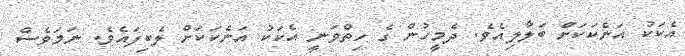
އެކަކު އަނެކަކަށް ބަލާލިއެވެ. ދެމީހުން ގެ ހިތްވަނީ އެކަކު އަނެކަކަށް ލެބިފައެވެ. ނަމަވެސް